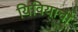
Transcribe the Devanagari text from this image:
यिवियाची